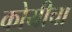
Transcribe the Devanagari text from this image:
कोयीचा